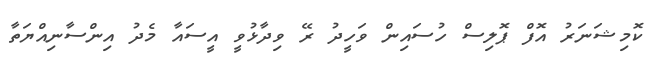
ކޮމިޝަނަރު އޮފް ޕޮލިސް ހުސައިން ވަހީދު ރޭ ވިދާޅުވީ އީސައާ މެދު އިންސާނިއްޔަތާ